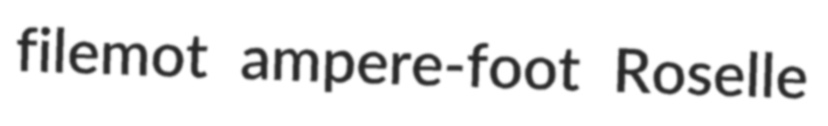
filemot ampere-foot Roselle